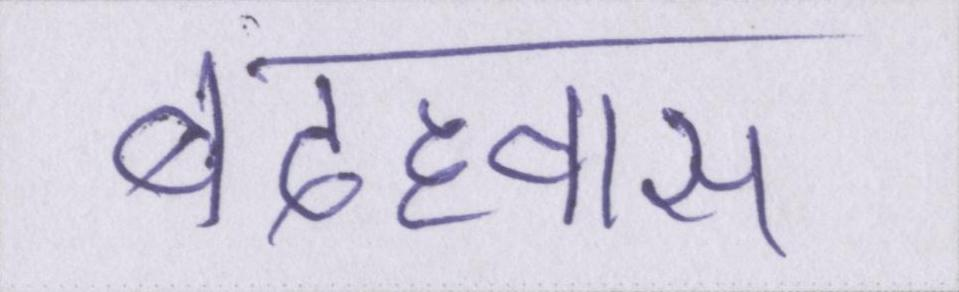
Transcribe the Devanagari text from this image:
बदहवास